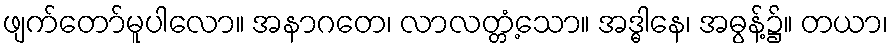
ဖျက်တော်မူပါလော။ အနာဂတေ၊ လာလတ္တံ့သော။ အဒ္ဓါနေ၊ အဓွန့်၌။ တယာ၊